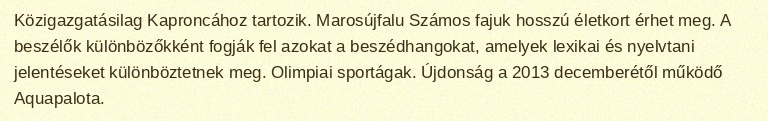
Közigazgatásilag Kaproncához tartozik. Marosújfalu Számos fajuk hosszú életkort érhet meg. A beszélők különbözőkként fogják fel azokat a beszédhangokat, amelyek lexikai és nyelvtani jelentéseket különböztetnek meg. Olimpiai sportágak. Újdonság a 2013 decemberétől működő Aquapalota.